65_HS1-101634279_100-DE-26505
Agency: FBI
Incident date: 11/7/57
Incident location: Germany
Page 15
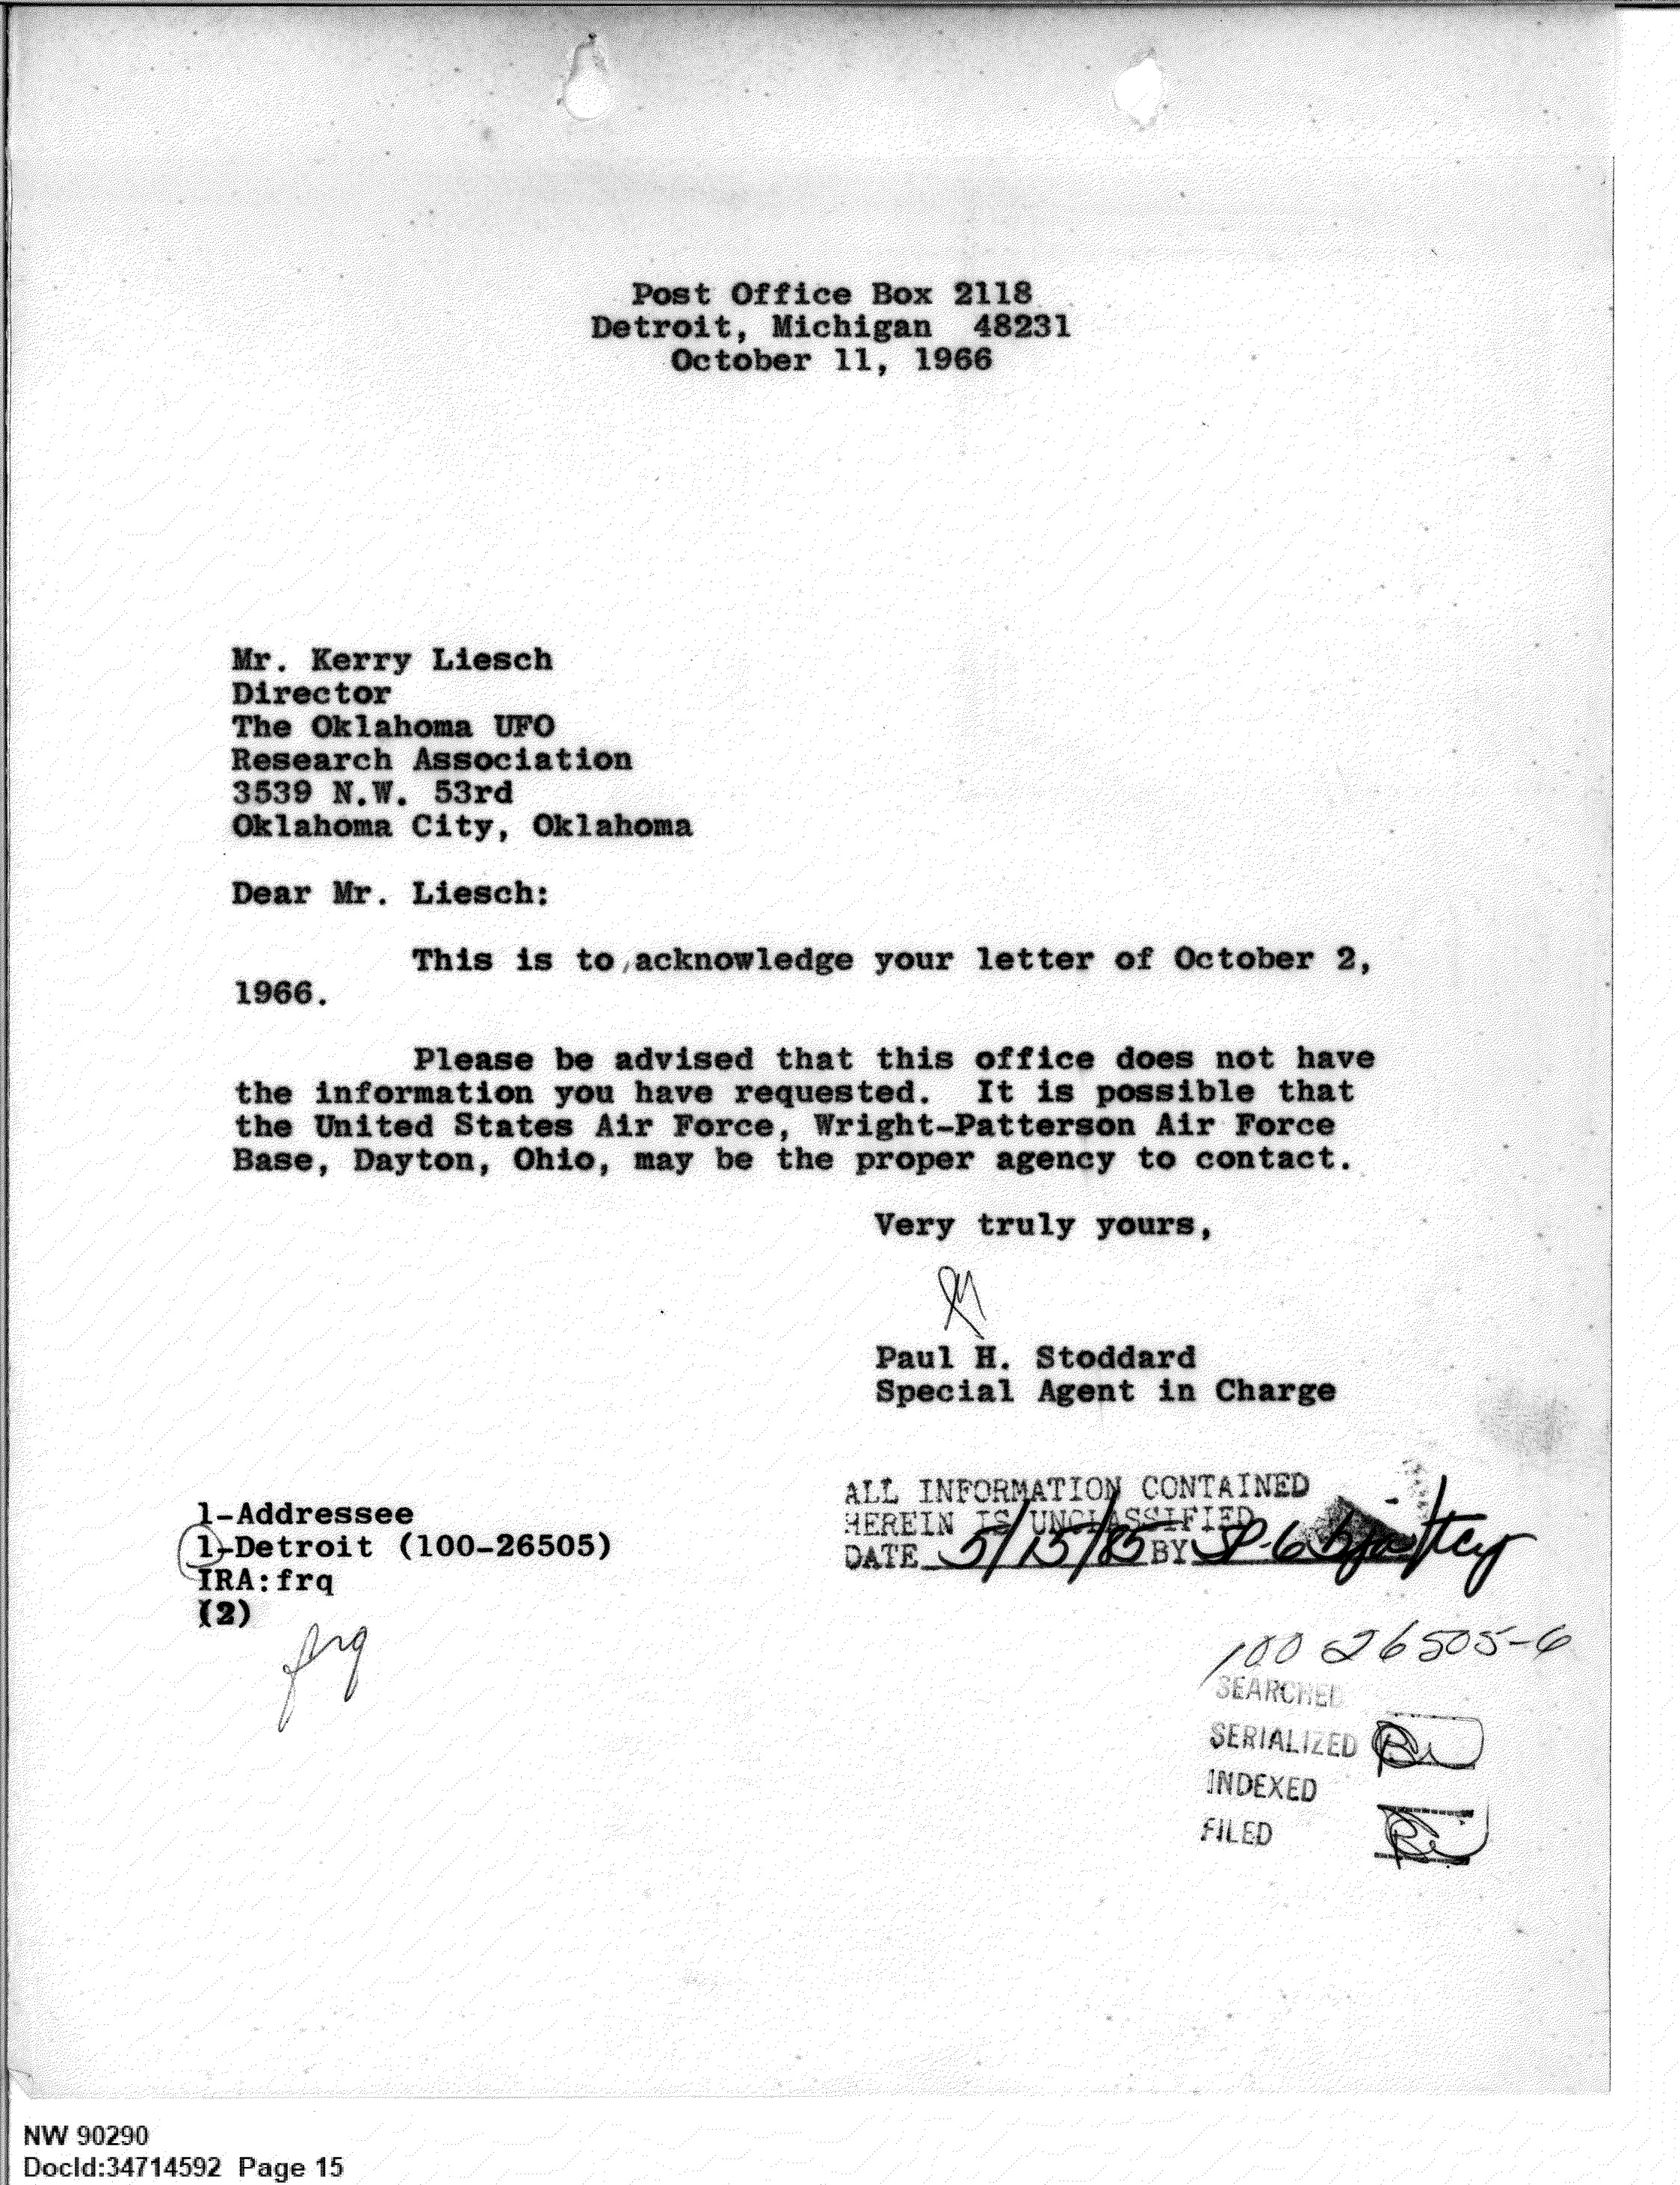